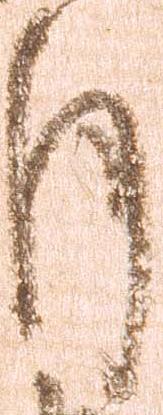
月